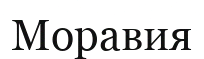
Моравия